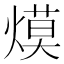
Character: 㷬